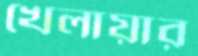
খেলায়ার